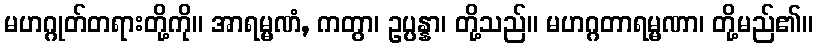
မဟဂ္ဂုတ်တရားတို့ကို။ အာရမ္မဏံ, ကတွာ၊ ဥပ္ပန္နာ၊ တို့သည်။ မဟဂ္ဂတာရမ္မဏာ၊ တို့မည်၏။